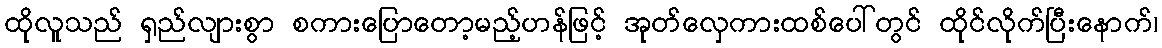
ထိုလူသည် ရှည်လျားစွာ စကားပြောတော့မည့်ဟန်ဖြင့် အုတ်လှေကားထစ်ပေါ်တွင် ထိုင်လိုက်ပြီးနောက်၊